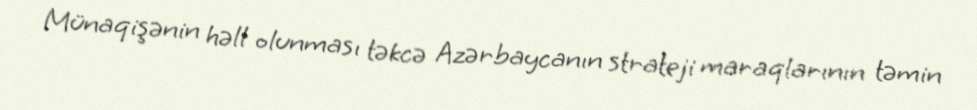
Münaqişənin həll olunması təkcə Azərbaycanın strateji maraqlarının təmin